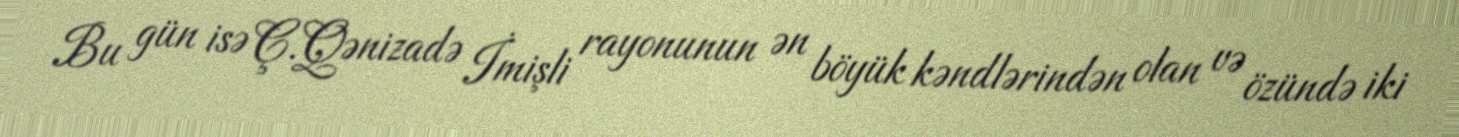
Bu gün isə Ç.Qənizadə İmişli rayonunun ən böyük kəndlərindən olan və özündə iki